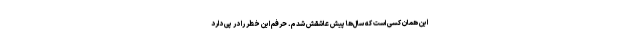
این همان کسی است که سال‌ها پیش عاشقش شدم. حرفم این خطر را در پی دارد